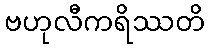
ဗဟုလီကရိဿတိ